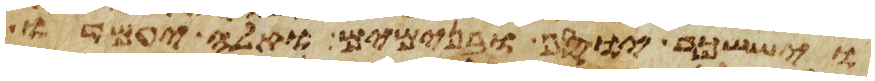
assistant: ויששכר יוסף ובנימים ואלה יעמדו